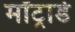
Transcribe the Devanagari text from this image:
मॉट्रार्डे